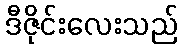
ဒီဇိုင်းလေးသည်